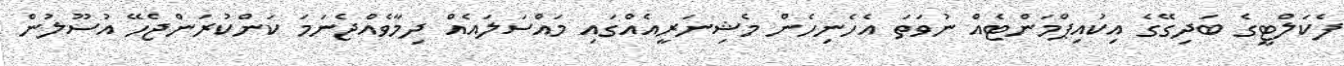
ފެކަލްޓީގެ ބަދިގޭގެ އިކުއިޕްމަންޓެއް ނުވަތަ އެހެނިހެން މެޝިނަރީއެއްގައި މައްސަލައެއް ދިމާވެއްޖެނަމަ ކަންކުރަންޖެހޭ އުސޫލުން